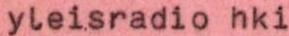
yleisradio hki